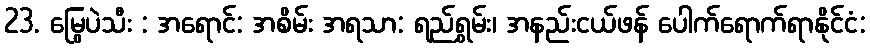
23. မြွေပဲသီး : အရောင်: အစိမ်း အရသာ: ရည်ရွှမ်း၊ အနည်းငယ်ဖန် ပေါက်ရောက်ရာနိုင်ငံ: